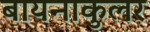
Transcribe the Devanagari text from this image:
बायनाकुलर